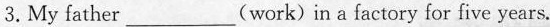
3.My father___(work) in a factory for five years.